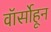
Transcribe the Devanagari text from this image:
वॉर्सोहून